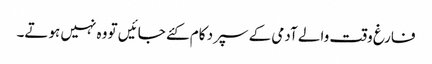
فارغ وقت والے آدمی کے سپرد کام کئے جائیں تو وہ نہیں ہوتے۔